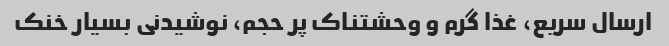
ارسال سریع، غذا گرم و وحشتناک پر حجم، نوشیدنی بسیار خنک